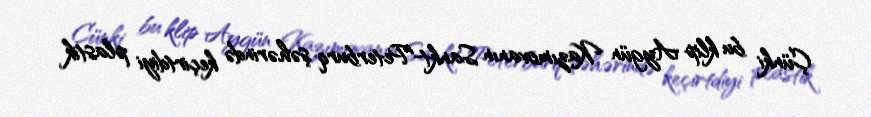
Çünki bu klip Aygün Kazımovanın Sankt-Peterburq şəhərində keçirtdiyi plastik